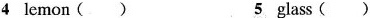
4lemon() 5glass()